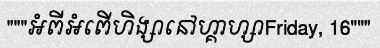
"""អំពីអំពើហិង្សានៅហ្គាហ្សាFriday, 16"""